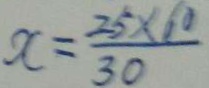
x = \frac { 2 5 \times 1 0 } { 3 0 }